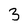
Character: 3